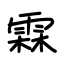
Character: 霖